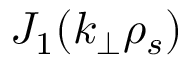
J _ { 1 } ( k _ { \perp } \rho _ { s } )